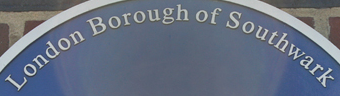
London Borough of Southwark